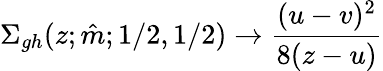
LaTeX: \Sigma_{gh}(z;\hat{m};1/2,1/2)\to\frac{(u-v)^{2}}{8(z-u)}